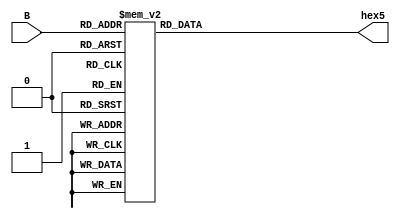
module Bcd7seg_1 (        //Display the single digit on HEX5 of DE2 board
  input [3:0] B ,

  
  output reg [6:0] hex5  //Display the digit on HEX5
 ) ;          
  
      always @(B )              //when B is active
      begin
          hex5 = 7'b1111111;
          case (B )             //Assign value according to the value of B
			                          //gfedcba
                  4'b0000: hex5 = 7'b1000000; // 0    HEX5
                  4'b0001: hex5 = 7'b1111001; // 1    - a -
                  4'b0010: hex5 = 7'b0100100; // 2   |     |
                  4'b0011: hex5 = 7'b0110000; // 3   f     b
                  4'b0100: hex5 = 7'b0011001; // 4   |     |
                  4'b0101: hex5 = 7'b0010010; // 5    - g -
                  4'b0110: hex5 = 7'b0000010; // 6   |     |
                  4'b0111: hex5 = 7'b1111000; // 7   e     c
                  4'b1000: hex5 = 7'b0000000; // 8   |     |
                  4'b1001: hex5 = 7'b0010000; // 9    - d -
                  default: hex5 = 7'b0000000;
          endcase
      end
 endmodule